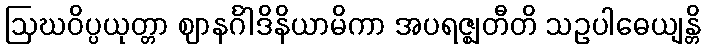
ဩဃဝိပ္ပယုတ္တာ ဈာနင်္ဂါဒိနိယာမိကာ အပရဇ္ဈတီတိ သဥပါဓေယျန္တိ